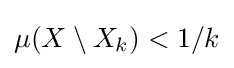
{\textstyle \mu (X\setminus X_{k})<1/k}